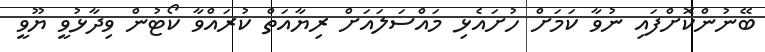
ބޭނުންކޮށްފައި ނުވާ ކަމަށް ހުށައެޅި މައްސަލައަށް ރިޔާއަތް ކުރައްވާ ކޯޓުން ވިދާޅުވީ ޔޫވީ